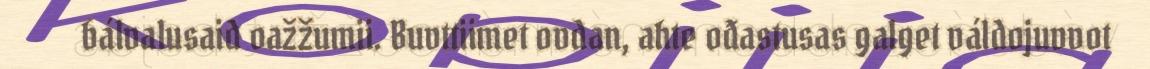
bálvalusaid oažžumii. Buvttiimet ovdan, ahte ođastusas galget váldojuvvot